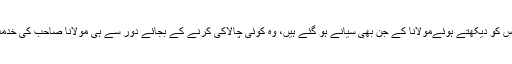
کہیں ایسا تو نہیں کے پاکستانی پولیس کو دیکھتے ہوئےمولانا کے جن بھی سیانے ہو گئے ہیں، وہ کوئی چالاکی کرنے کے بجائے دور سے ہی مولانا صاحب کی خدمت میں ’’فلائنگ‘‘ سلام بھیجتے ہیں۔